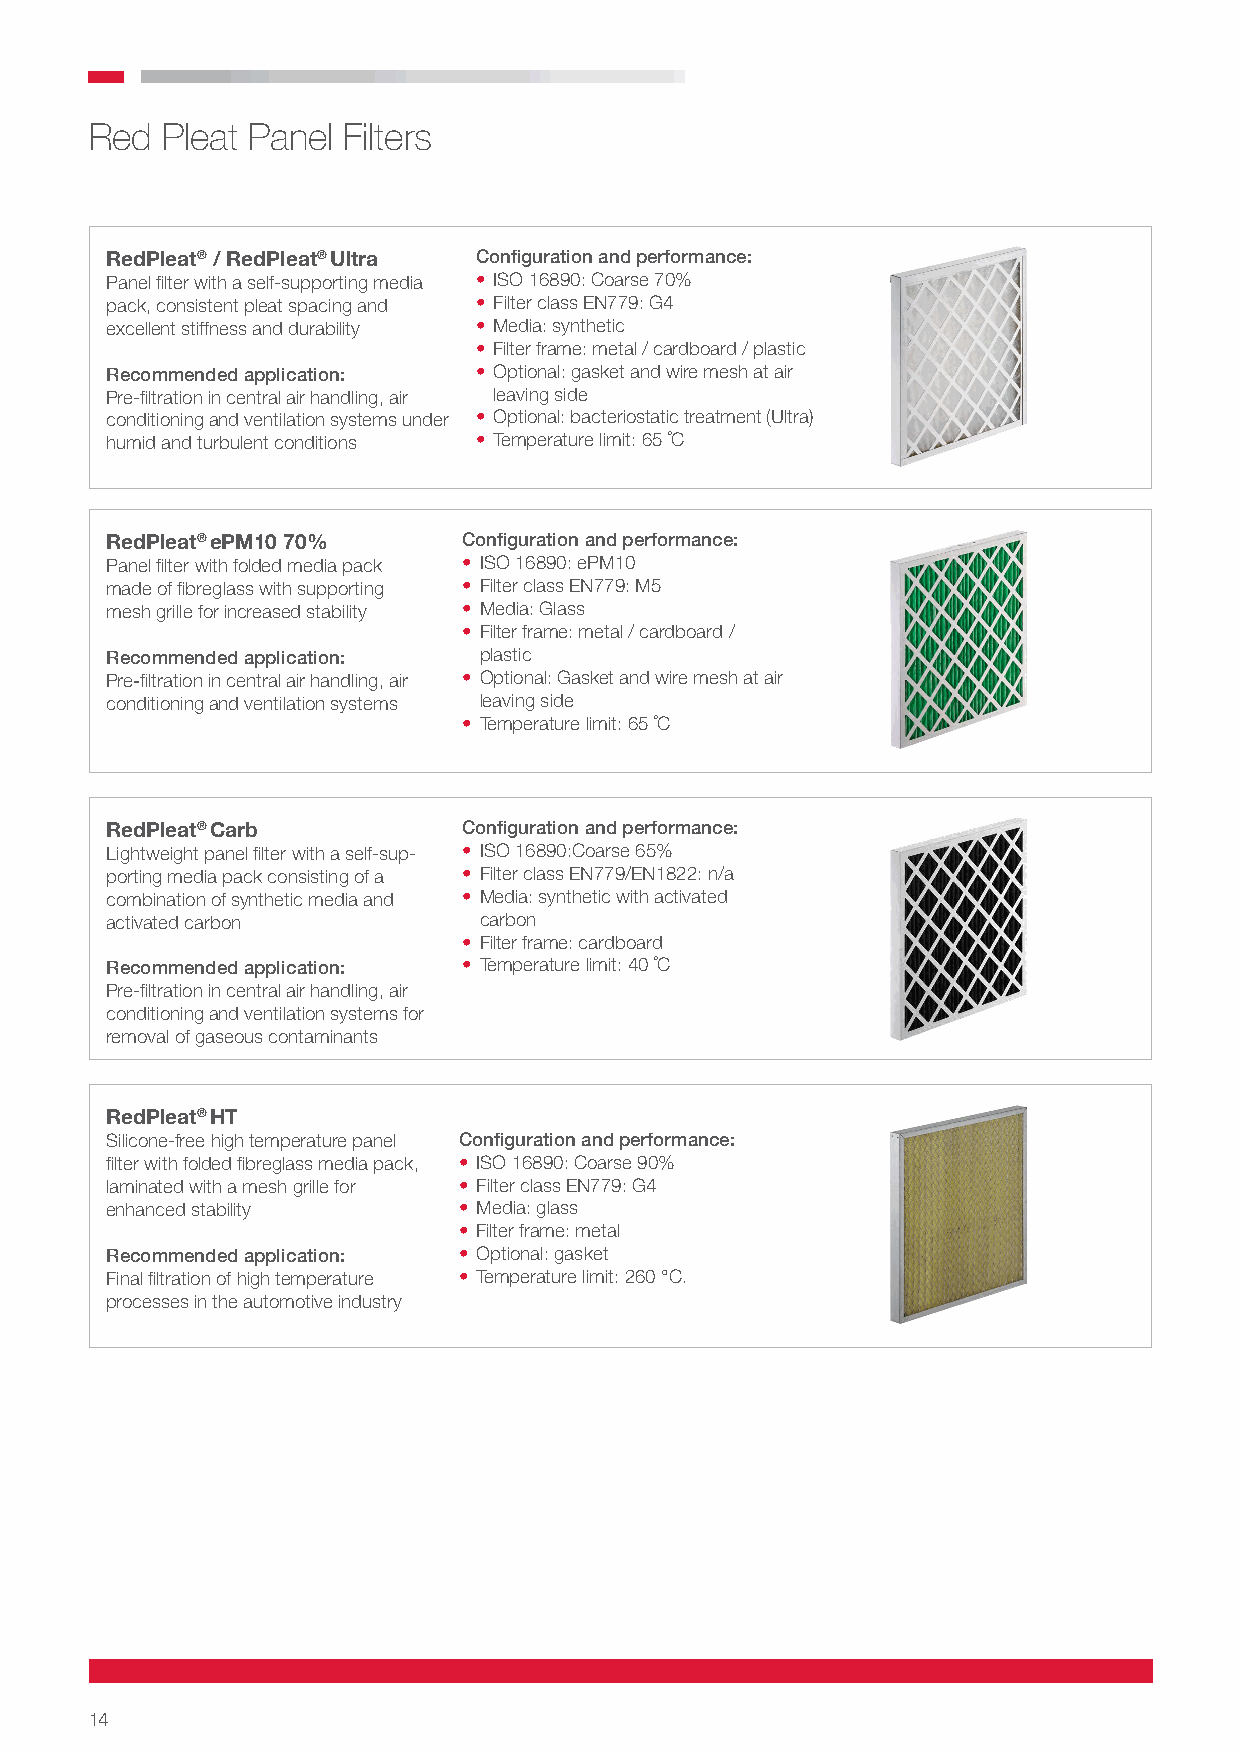
Red  Pleat Panel Filters
 RedPleat® / RedPleat® Ultra Configuration and performance:
 Panel filter with a self-supporting media • ISO 16890: Coarse 70%
 pack, consistent pleat spacing and • Filter class EN779: G4
 excellent stiffness and durability • Media: synthetic
 • Filter frame: metal / cardboard / plastic
 Recommended application: • Optional: gasket and wire mesh at air
 Pre-filtration in central air handling, air leaving side
 conditioning and ventilation systems under • Optional: bacteriostatic treatment (Ultra)
 humid and turbulent conditions • Temperature limit: 65 ˚C
 RedPleat® ePM10 70%     Configuration and performance:
 Panel filter with folded media pack • ISO 16890: ePM10
 made of fibreglass with supporting • Filter class EN779: M5
 mesh grille for increased stability • Media: Glass
 • Filter frame: metal / cardboard /
 Recommended application: plastic
 Pre-filtration in central air handling, air • Optional: Gasket and wire mesh at air
 conditioning and ventilation systems leaving side
 • Temperature limit: 65 ˚C
 RedPleat® Carb          Configuration and performance:
 Lightweight panel filter with a self-sup- • ISO 16890:Coarse 65%
 porting media pack consisting of a • Filter class EN779/EN1822: n/a
 combination of synthetic media and • Media: synthetic with activated
 activated carbon         carbon
 • Filter frame: cardboard
 Recommended application: • Temperature limit: 40 ˚C
 Pre-filtration in central air handling, air
 conditioning and ventilation systems for
 removal of gaseous contaminants
 RedPleat® HT
 Silicone-free high temperature panel Configuration and performance:
 filter with folded fibreglass media pack, • ISO 16890: Coarse 90%
 laminated with a mesh grille for • Filter class EN779: G4
 enhanced stability     • Media: glass
 • Filter frame: metal
 Recommended application: • Optional: gasket
 Final filtration of high temperature • Temperature limit: 260 °C.
 processes in the automotive industry
 14